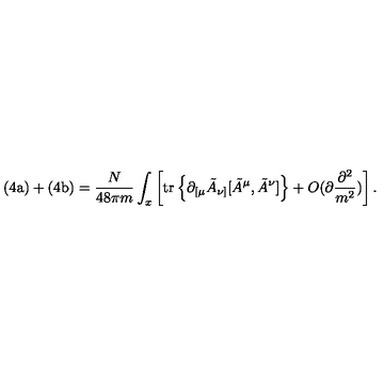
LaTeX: \mathrm { ( 4 a ) } + \mathrm { ( 4 b ) } = \frac { N } { 4 8 \pi m } \int _ { x } \left[ \mathrm { t r } \left\{ \partial _ { [ \mu } \tilde { A } _ { \nu ] } [ \tilde { A } ^ { \mu } , \tilde { A } ^ { \nu } ] \right\} + O ( \partial \frac { \partial ^ { 2 } } { m ^ { 2 } } ) \right] .